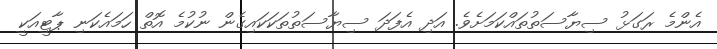
އެންމެ ރަގަޅު ސިޔާސަތުތައްކަމަށެވެ. އަދި އެފަދަ ސިޔާސަތުތަކަކައިގެން ނުކުމެ އޮތް ހަމައެކަނި ޕާޓީއަކީ